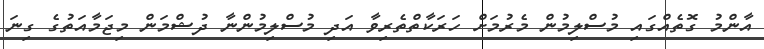
އާންމު ގޮތެއްގައި މުސްލިމުން މެރުމަށް ހަރަކާތްތެރިވާ އަދި މުސްލިމުންނާ ދުޝްމަން މިޖަމާއަތުގެ ގިނަ